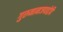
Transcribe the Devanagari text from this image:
गुरुनामजपाद्देवि